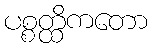
ပစ္စတ္ထိကတော